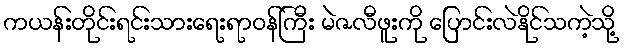
ကယန်းတိုင်းရင်းသားရေးရာဝန်ကြီး မဲဇလီဖူးကို ပြောင်းလဲနိုင်သကဲ့သို့